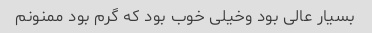
بسیار عالی بود وخیلی خوب بود که گرم بود ممنونم